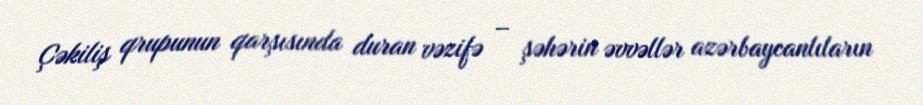
Çəkiliş qrupunun qarşısında duran vəzifə – şəhərin əvvəllər azərbaycanlıların